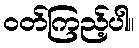
ဝတ်ကြည့်ပါ။